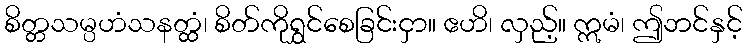
စိတ္တသမ္ပဟံသနတ္ထံ၊ စိတ်ကိုရွှင်စေခြင်းငှာ။ ဧဟိ၊ လှည့်။ ဣမံ၊ ဤဘင်နှင့်